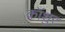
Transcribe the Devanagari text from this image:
कॉशुर